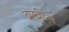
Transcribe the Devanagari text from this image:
बख़ील